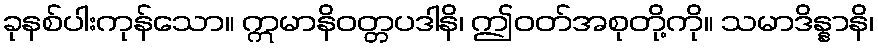
ခုနစ်ပါးကုန်သော။ ဣမာနိဝတ္တပဒါနိ၊ ဤဝတ်အစုတို့ကို။ သမာဒိန္နာနိ၊